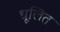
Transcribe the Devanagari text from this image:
धूलित